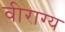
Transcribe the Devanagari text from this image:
वीराग्य